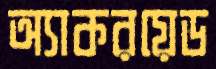
অ্যাকরয়েড